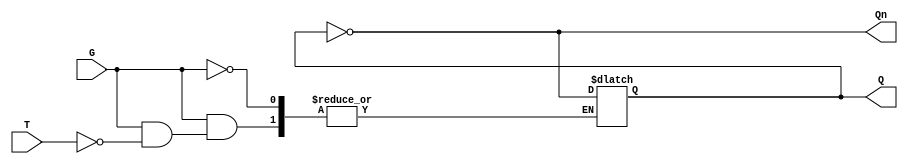
module Gated_T_Latch (
    input wire T,      // Toggle Input
    input wire G,      // Gate Signal
    output reg Q,      // Output
    output wire Qn     // Complement Output
);

// Complement output
assign Qn = ~Q;

// Always block for latch behavior
always @(*) begin
    if (G) begin
        if (T) begin
            Q = ~Q; // Toggle state
        end
        // If T is low, Q remains unchanged
    end
    // If G is low, Q remains unchanged (default behavior)
end

endmodule